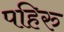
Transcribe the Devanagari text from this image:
पहिरु